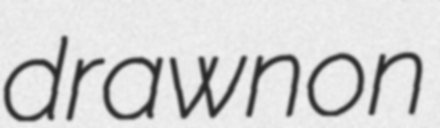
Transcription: drawn on